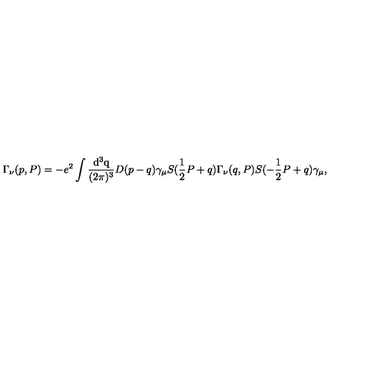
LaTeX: \Gamma _ { \nu } ( p , P ) = - e ^ { 2 } \int \mathrm { \frac { d ^ 3 q } { ( 2 \pi ) ^ 3 } } D ( p - q ) \gamma _ { \mu } S ( \mathrm { \frac { 1 } { 2 } } P + q ) \Gamma _ { \nu } ( q , P ) S ( - \mathrm { \frac { 1 } { 2 } } P + q ) \gamma _ { \mu } ,